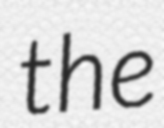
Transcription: the